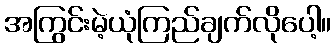
အကြွင်းမဲ့ယုံကြည်ချက်လိုပေါ့။